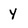
Character: y